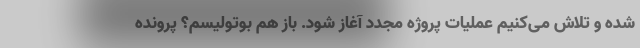
شده و تلاش می‌کنیم عملیات پروژه مجدد آغاز شود. باز هم بوتولیسم؟ پرونده